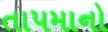
તાપમાનો